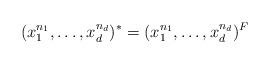
LaTeX: \begin{align*}(x_1^{n_1}, \ldots, x_d^{n_d})^* = (x_1^{n_1}, \ldots, x_d^{n_d})^F\end{align*}